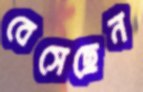
বেসেছেন